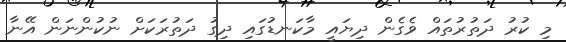
މި ކުރު ދަތުރުތައް ވެގެން ދިޔައީ މާކަނޑުގައި ދިގު ދަތުރަކަށް ނުކުންނަން އޭނާ